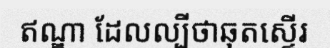
ឥណ្ឌា ដែលល្បីថាឆុតស្ទើរ